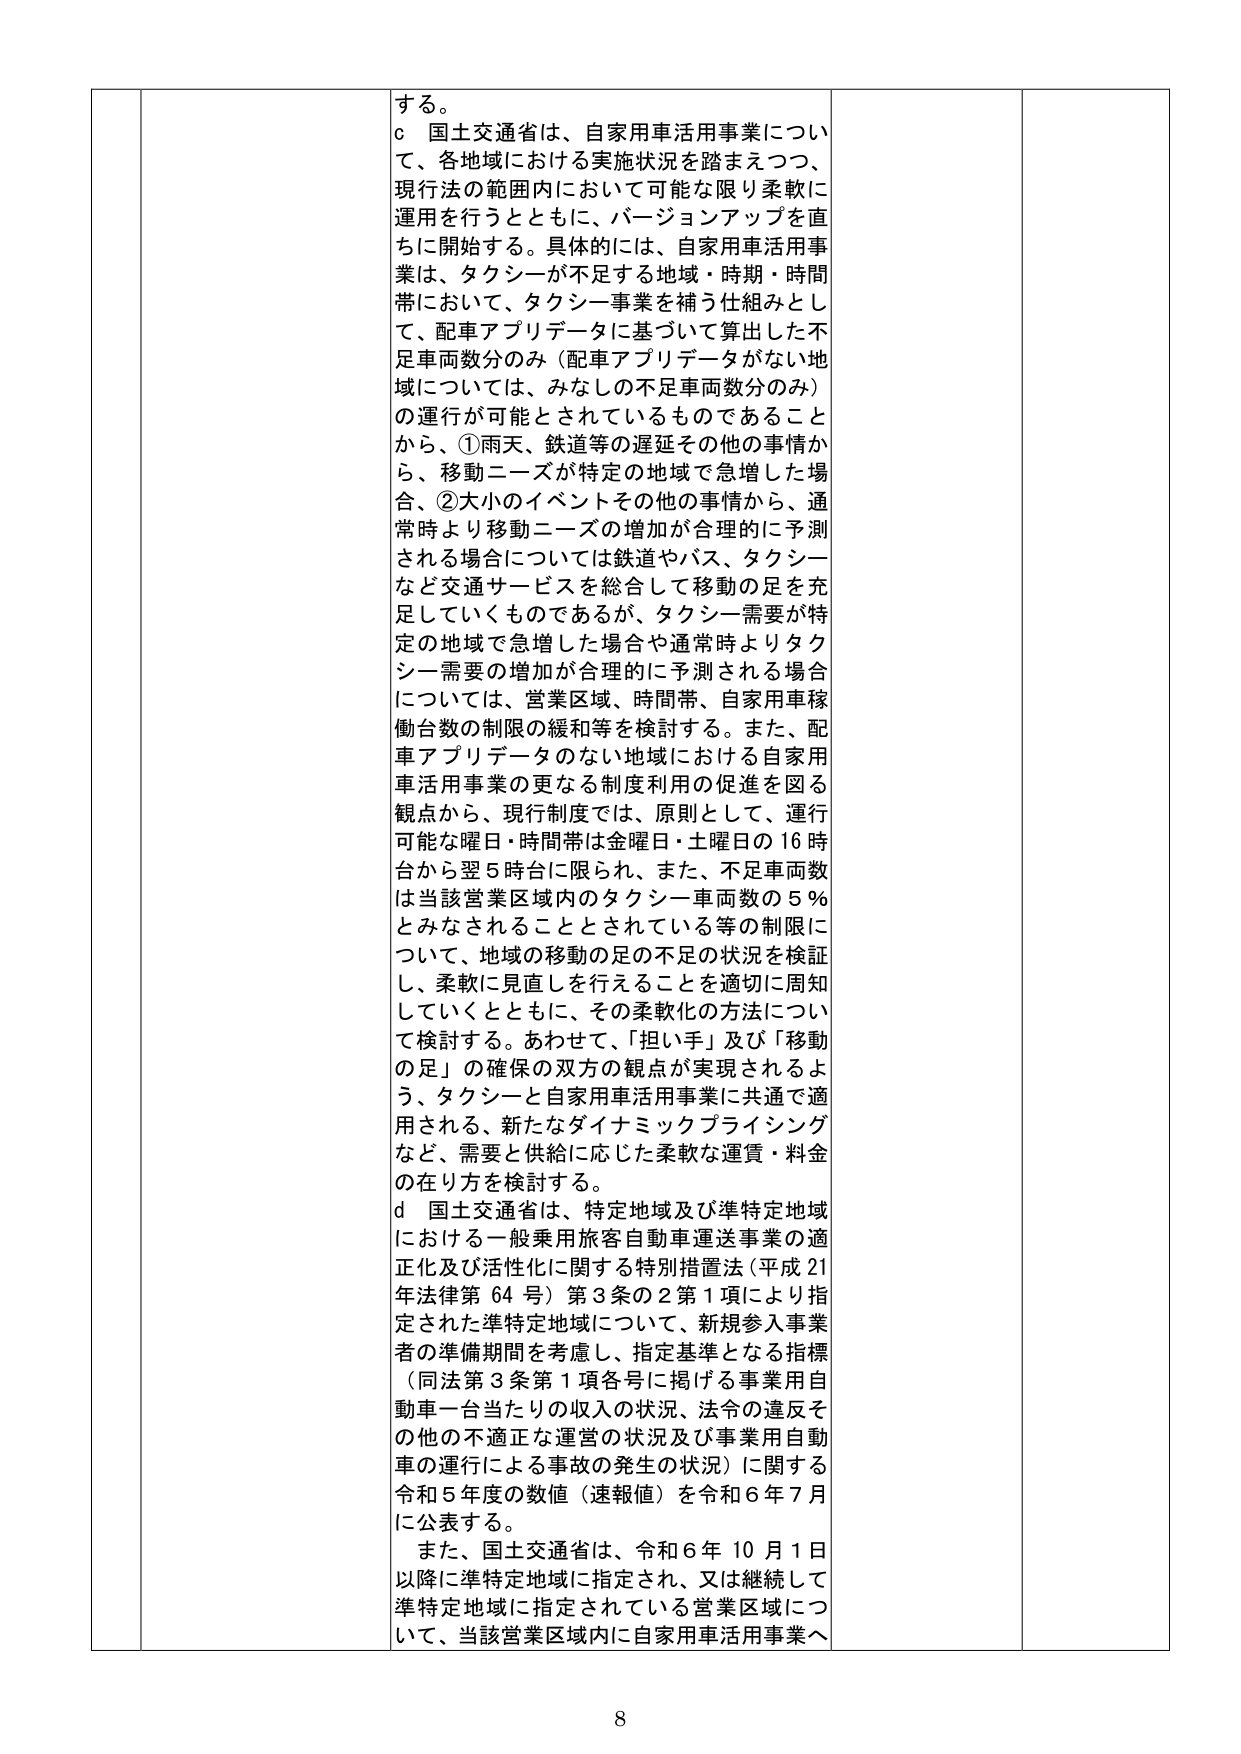
する。

ｃ 国土交通省は、自家用車活用事業について、各地域における実施状況を踏まえつつ、現行法の範囲内において可能な限り柔軟に運用を行うとともに、バージョンアップを直ちに開始する。具体的には、自家用車活用事業は、タクシーが不足する地域・時期・時間帯において、タクシー事業を補う仕組みとして、配車アプリデータに基づいて算出した不足車両数分のみ（配車アプリデータがない地域については、みなしの不足車両数分のみ）の運行が可能とされているものであることから、①雨天、鉄道等の遅延その他の事情から、移動ニーズが特定の地域で急増した場合、②大小のイベントその他の事情から、通常時より移動ニーズの増加が合理的に予測される場合については鉄道やバス、タクシーなど交通サービスを総合して移動の足を充足していくものであるが、タクシー需要が特定の地域で急増した場合や通常時よりタクシー需要の増加が合理的に予測される場合については、営業区域、時間帯、自家用車稼働台数の制限の緩和等を検討する。また、配車アプリデータのない地域における自家用車活用事業の更なる制度利用の促進を図る観点から、現行制度では、原則として、運行可能な曜日・時間帯は金曜日・土曜日の16時台から翌5時台に限られ、また、不足車両数は当該営業区域内のタクシー車両数の5％とみなされることとされている等の制限について、地域の移動の足の不足の状況を検証し、柔軟に見直しを行えることを適切に周知していくとともに、その柔軟化の方法について検討する。あわせて、「担い手」及び「移動の足」の確保の双方の観点が実現されるよう、タクシーと自家用車活用事業に共通で適用される、新たなダイナミックプライシングなど、需要と供給に応じた柔軟な運賃・料金の在り方を検討する。

ｄ 国土交通省は、特定地域及び準特定地域における一般乗用旅客自動車運送事業の適正化及び活性化に関する特別措置法（平成21年法律第64号）第3条の2第1項により指定された準特定地域について、新規参入事業者の準備期間を考慮し、指定基準となる指標（同法第3条第1項各号に掲げる事業用自動車一台当たりの収入の状況、法令の違反その他の不適正な運営の状況及び事業用自動車の運行による事故の発生の状況）に関する令和5年度の数値（速報値）を令和6年7月に公表する。

また、国土交通省は、令和6年10月1日以降に準特定地域に指定され、又は継続して準特定地域に指定されている営業区域について、当該営業区域内に自家用車活用事業へ

8